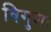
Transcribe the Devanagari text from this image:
विगुणः